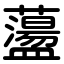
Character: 蘯